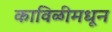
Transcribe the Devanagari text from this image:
काविळीमधून